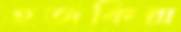
হজকিন্স